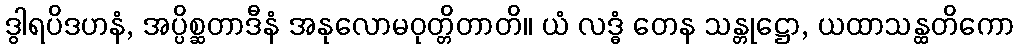
ဒွါရပိဒဟနံ, အပ္ပိစ္ဆတာဒီနံ အနုလောမဝုတ္တိတာတိ။ ယံ လဒ္ဓံ တေန သန္တုဋ္ဌော, ယထာသန္ထတိကော